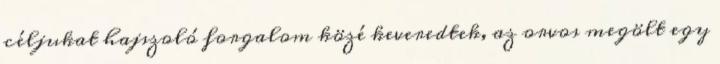
céljukat hajszoló forgalom közé keveredtek, az orvos megölt egy